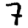
Digit: 7